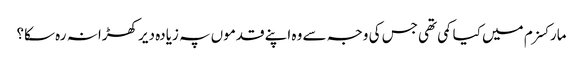
مارکسزم میں کیا کمی تھی جس کی وجہ سے وہ اپنے قدموں پہ زیادہ دیر کھڑا نہ رہ سکا؟